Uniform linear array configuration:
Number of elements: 32
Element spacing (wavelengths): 1
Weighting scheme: binomial
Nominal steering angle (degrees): -15
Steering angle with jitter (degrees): -14.594
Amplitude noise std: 0.05
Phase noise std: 0.05

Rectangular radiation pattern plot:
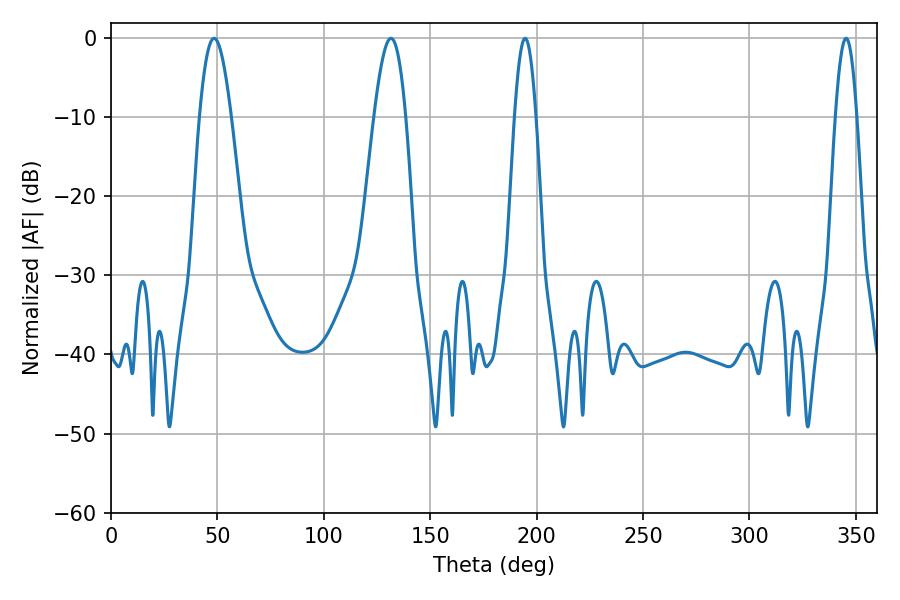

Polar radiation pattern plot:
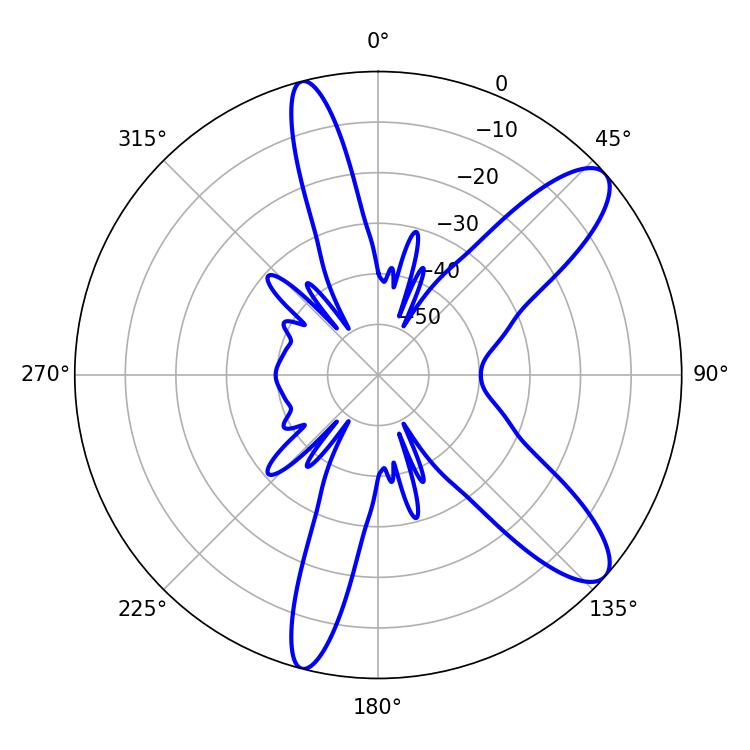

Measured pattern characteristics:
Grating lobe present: TRUE
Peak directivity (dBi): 10.505
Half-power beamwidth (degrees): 5.4
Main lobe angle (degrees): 194.58